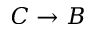
C \rightarrow B